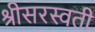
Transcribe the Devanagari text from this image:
श्रीसरस्वती